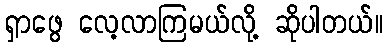
ရှာဖွေ လေ့လာကြမယ်လို့ ဆိုပါတယ်။